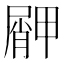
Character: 𱚿